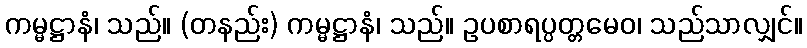
ကမ္မဋ္ဌာနံ၊ သည်။ (တနည်း) ကမ္မဋ္ဌာနံ၊ သည်။ ဥပစာရပ္ပတ္တမေဝ၊ သည်သာလျှင်။